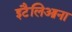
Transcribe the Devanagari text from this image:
इटैलिआना